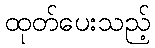
ထုတ်ပေးသည့်